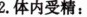
2.体内受精：